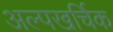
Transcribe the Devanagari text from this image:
अल्पखर्चिक